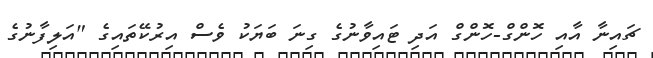
ޗައިނާ އާއި ހޮންގް-ހޮންގް އަދި ޓައިވާނުގެ ގިނަ ބަޔަކު ވެސް އިރުކޭތައިގެ "އަލިފާނުގެ